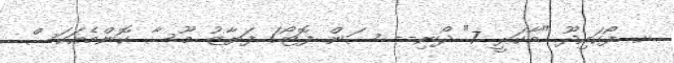
ށ. ފޯކައިދޫ "މާކަރީ 7" ދޯނި-- ސަން ފޮޓޯ/ ފަޔާޒު މޫސާ ކޮންމެއަކަސް